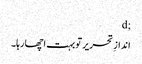
;d
اندازِ تحریر تو بہت اچھا رہا۔